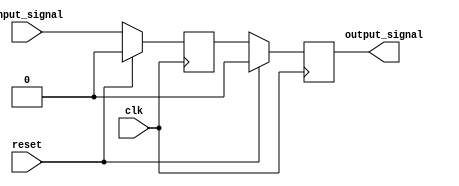
module timing_control(
    input wire clk,
    input wire reset,
    input wire input_signal,
    output reg output_signal
);

reg flop1_q, flop2_q;

// First flip-flop to capture input signal
always @(posedge clk)
begin
    if (reset)
        flop1_q <= 1'b0;
    else
        flop1_q <= input_signal;
end

// Second flip-flop to capture output of first flip-flop
always @(posedge clk)
begin
    if (reset)
        flop2_q <= 1'b0;
    else
        flop2_q <= flop1_q;
end

assign output_signal = flop2_q;

endmodule